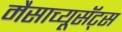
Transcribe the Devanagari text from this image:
मैसाच्यूसॅट्स